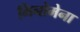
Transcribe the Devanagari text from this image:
मिनोमेना